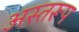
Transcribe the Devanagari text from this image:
अस्तरूप